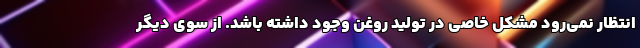
انتظار نمی‌رود مشکل خاصی در تولید روغن وجود داشته باشد. از سوی دیگر